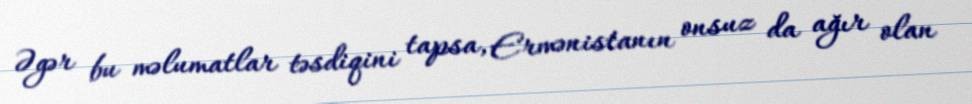
Əgər bu məlumatlar təsdiqini tapsa, Ermənistanın onsuz da ağır olan